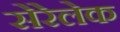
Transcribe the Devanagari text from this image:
सेरेलेक